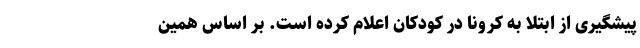
پیشگیری از ابتلا به کرونا در کودکان اعلام کرده است. بر اساس همین